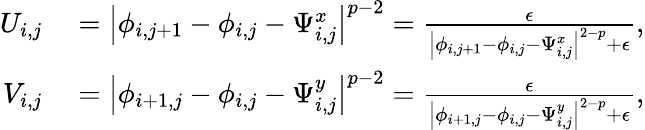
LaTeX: \begin{array}{rl}{U_{i,j}}&{{}=\left\lvert\phi_{i,j+1}-\phi_{i,j}-\Psi_{i,j}^{x}\right\rvert^{p-2}=\frac{\epsilon}{\left\lvert\phi_{i,j+1}-\phi_{i,j}-\Psi_{i,j}^{x}\right\rvert^{2-p}+\epsilon},}\\ {V_{i,j}}&{{}=\left\lvert\phi_{i+1,j}-\phi_{i,j}-\Psi_{i,j}^{y}\right\rvert^{p-2}=\frac{\epsilon}{\left\lvert\phi_{i+1,j}-\phi_{i,j}-\Psi_{i,j}^{y}\right\rvert^{2-p}+\epsilon},}\end{array}